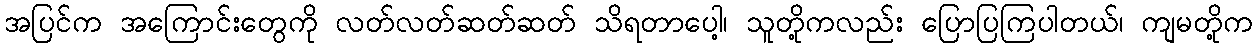
အပြင်က အကြောင်းတွေကို လတ်လတ်ဆတ်ဆတ် သိရတာပေါ့၊ သူတို့ကလည်း ပြောပြကြပါတယ်၊ ကျမတို့က